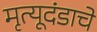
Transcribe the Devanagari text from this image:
मृत्यूदंडाचे